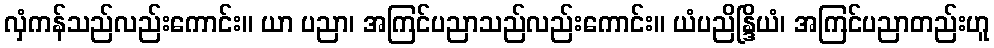
လှံကန်သည်လည်းကောင်း။ ယာ ပညာ၊ အကြင်ပညာသည်လည်းကောင်း။ ယံပညိန္ဒြိယံ၊ အကြင်ပညာတည်းဟူ